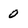
Character: 0